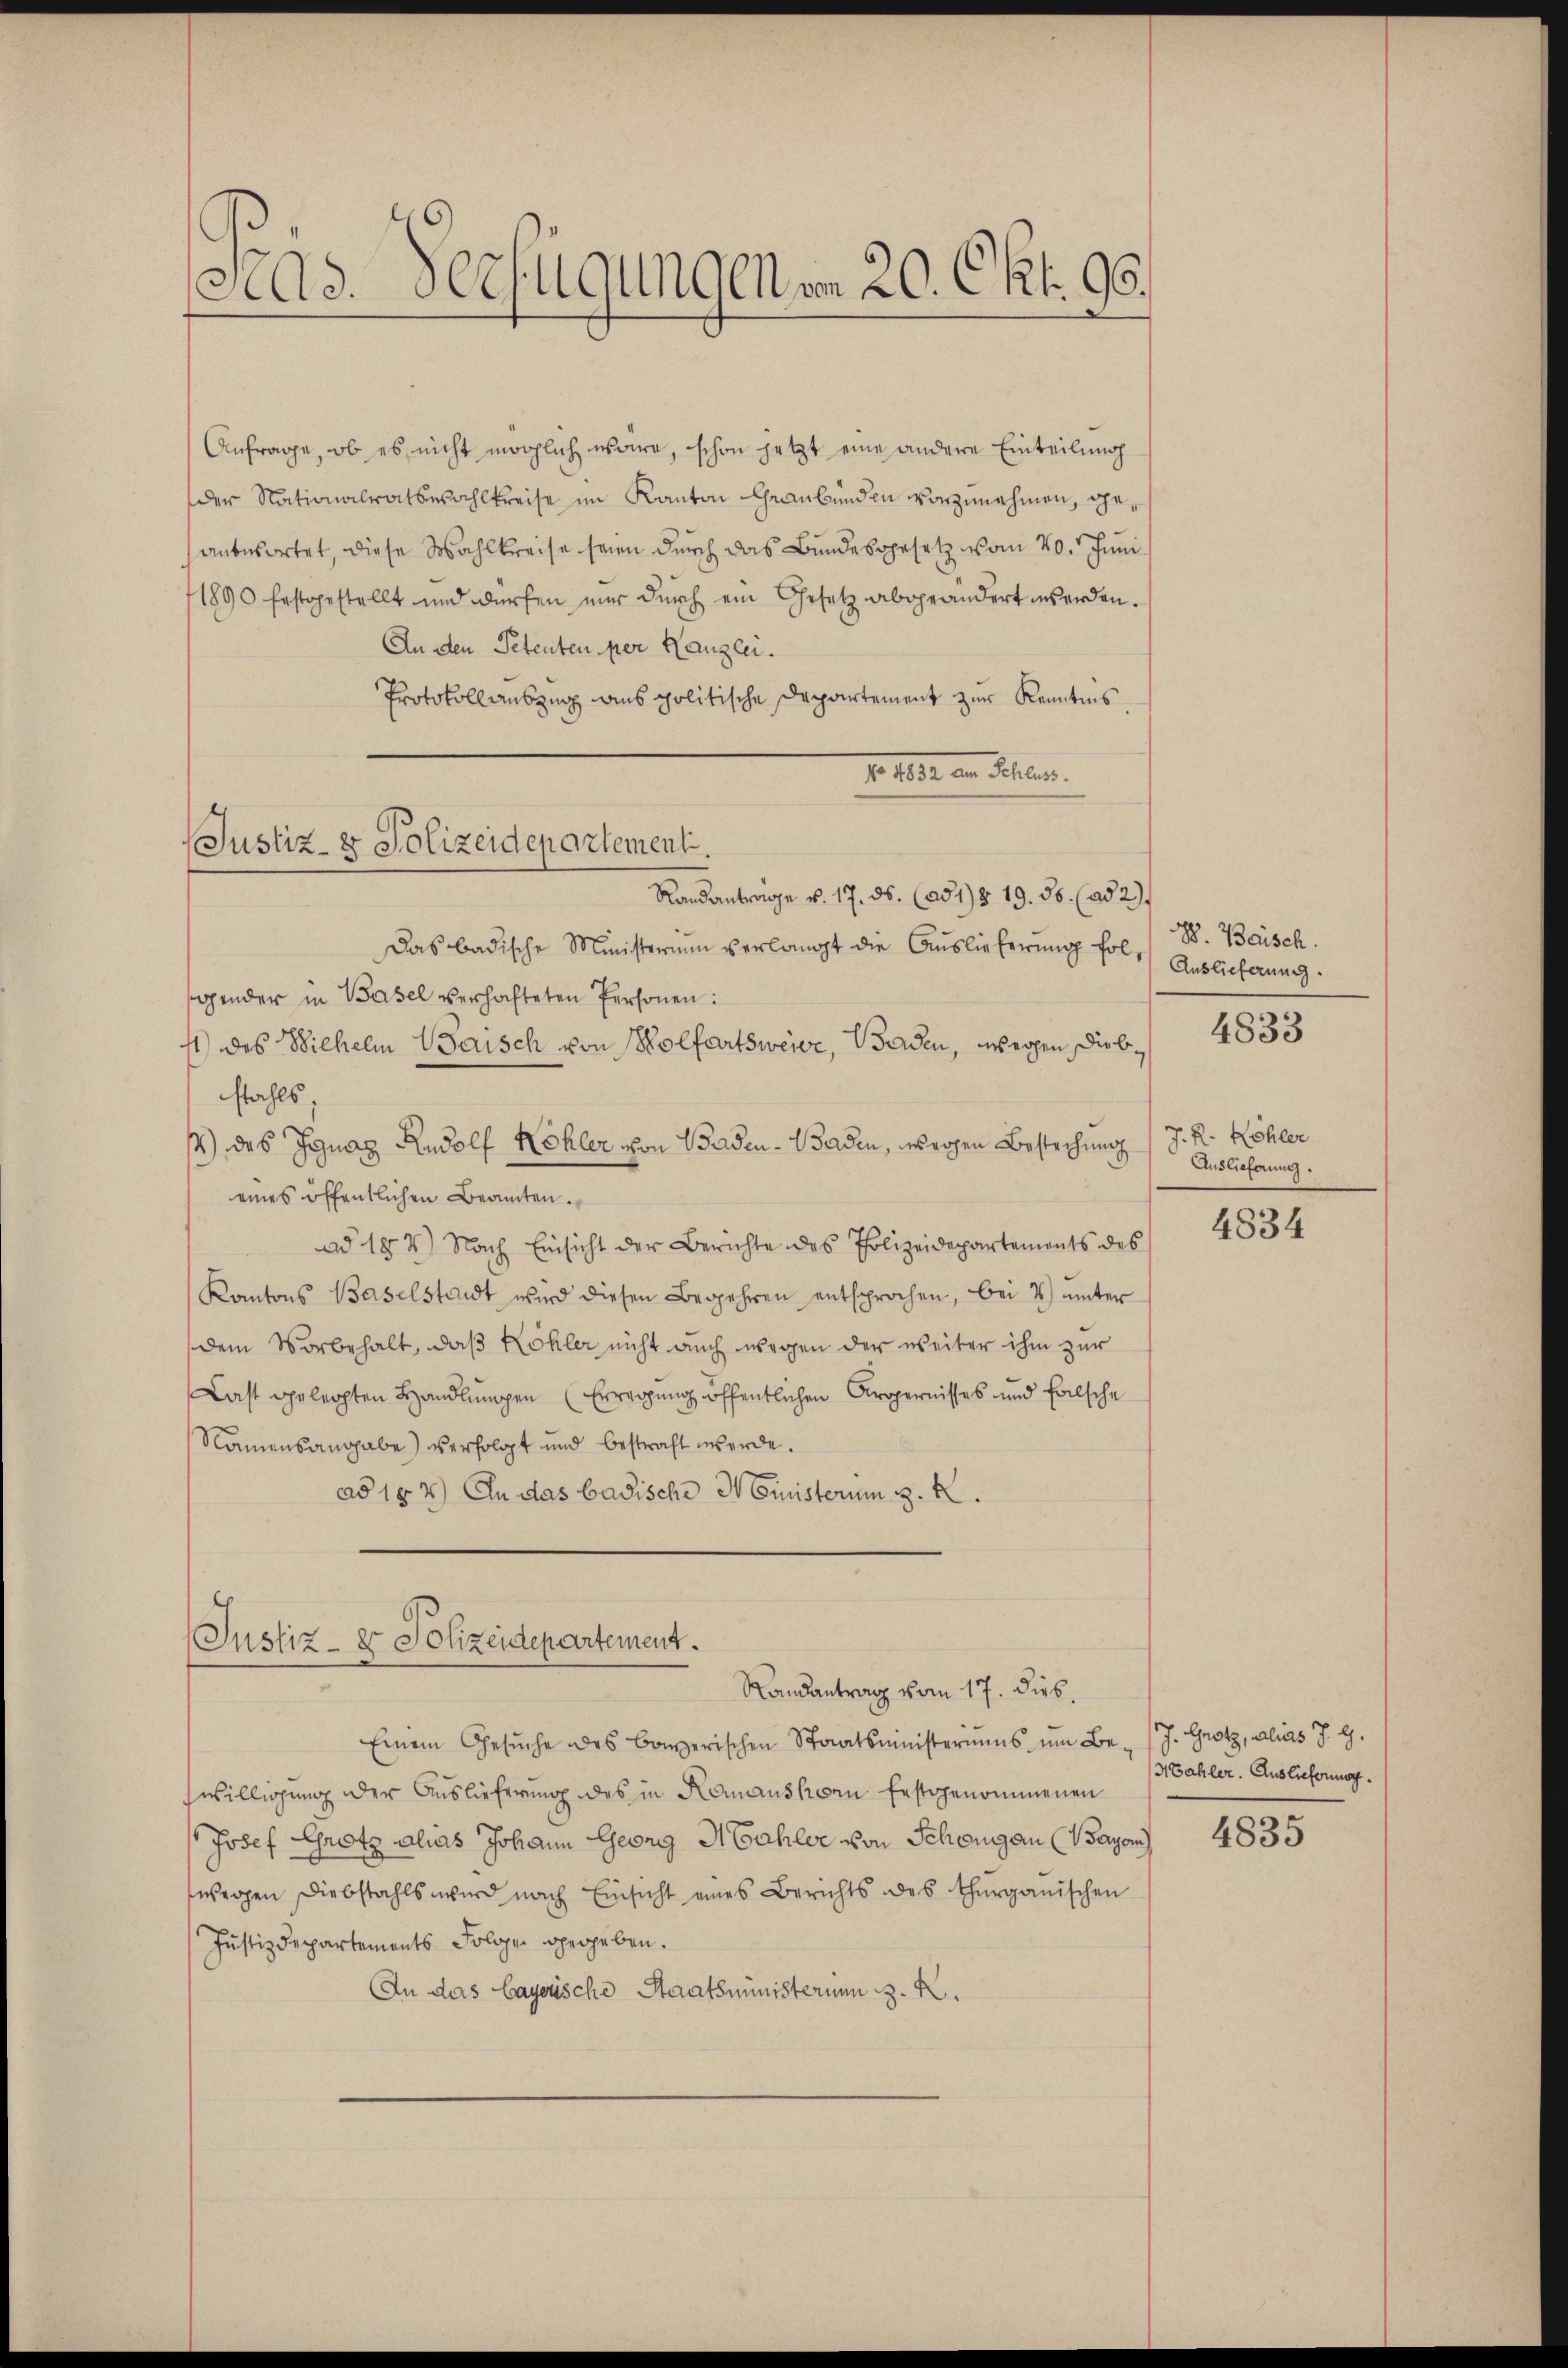
GAs. Verfügungen am 20. Okt. 90.

Anfrage, ob es nicht möglich wäre, schon jetzt eine andere Einteilung
der Nationalratswahlkreise im Kanton Graubünden vorzunehmen, geanbesortet, diese Wahlkreise seien durch das Bundesgesetz vom 20. Juni
1890 festgestellt und würfen nŭr dŭrch ein Gesetz abgeändert werden.
An den Petenten per Kanzlei.
Protokollauszug aus politische Departement zur Kenntnis.
f. 1804. an Schler.
Randantrage v. 17. ds. (ad1) § 19. 35. (ad 2.
Das badische Ministerium verlangt die Auslieferung fol. Auslieferung
gender in Basel verhafteten Personen:
1) des Wilhelm Waisch von Wolfartsweise, Baden, wegen Diebstahls,
4) des Ignaz Rudolf Köhler von Baden - Baden, weigen Bestechung
eines öffentlichen Beamten.
ad 182) Nach Einsicht der Berichte des Polizeidepartements des
Kantons Baselstandt wird diesen Begehren entsprochen, bei u ŭnter
dem Vorbehalt, daß Köhler nicht auch wegen der weiter ihm zur
Last gelerpten Handlungen (Erwägung öffentlichen Kropernisses und falsche
Namensangabe) verfolgt und bestraft werde.
ad 154) An das badische Ministerum 3. K

Justiz- & Polizeidepartement.

Justiz - er Polizeidepartement.
Randantrag vom 17. Dieb.

Einem Gesŭche des Bonerischen Staatsministeriums ŭm Be-/J. Grotz, alias J. G.
swilligung der Auslieferung des in Komanshorn festgenommenen
Josef Grotz alias Johann Georg Mahler von Schongau (Bayon 4835
wegen Diebstahls wird nach Einsicht eines Berichts des Thurgauischen
Justizdepartements Folge gegeben.
An das bayerische Staatsministerium z. R.

V. Beisch.
4833

J. R. Köhler
Auslieferung.

4834

Mahler. Auslieferung.